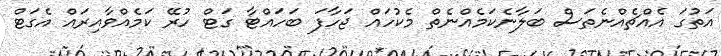
އަތުގަ އެއްޗެއްނެތަސް ބަލާނެކަމެއްނެތް މެކުހައް ޖަހާފަ ބަހައްޓާ ގަޓް ހުރޭ ކަމެއްވާއިިރައް އެގަޓް